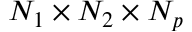
N _ { 1 } \times N _ { 2 } \times N _ { p }